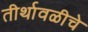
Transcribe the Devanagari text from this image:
तीर्थावळीचे